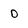
Character: 0